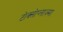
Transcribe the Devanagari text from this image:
टोक्सोप्लाज़्मा